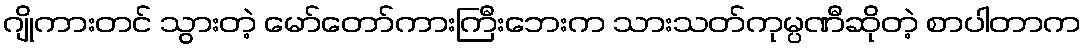
ဂျိုကားတင် သွားတဲ့ မော်တော်ကားကြီးဘေးက သားသတ်ကုမ္ပဏီဆိုတဲ့ စာပါတာက